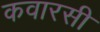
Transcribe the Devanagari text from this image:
कवारसी